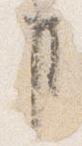
事